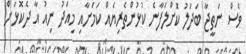
ވެސް ނަތީޖާ ބަދަލު ކޮށްލަފާނެ ކުޅުންތެރިޔެއް ކަމަށާއި މިއަދު ނިއު އާ ދެކޮޅަށް